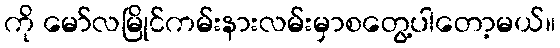
ကို မော်လမြိုင်ကမ်းနားလမ်းမှာစတွေ့ပါတော့မယ်။